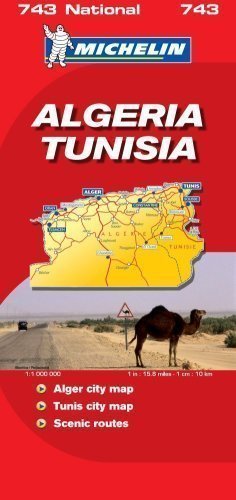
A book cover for Algeria-Tunisia (Michelin National Maps) published by Michelin Maps (2007); Travel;